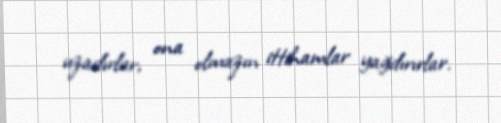
uzadırlar, ona olmazın ittihamlar yağdırırlar.